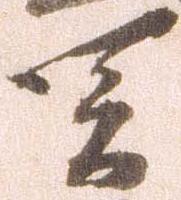
関